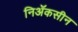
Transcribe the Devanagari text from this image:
निॲकसीन